Medical and sanitary report of the native army of Madras for the year
Year: 1878
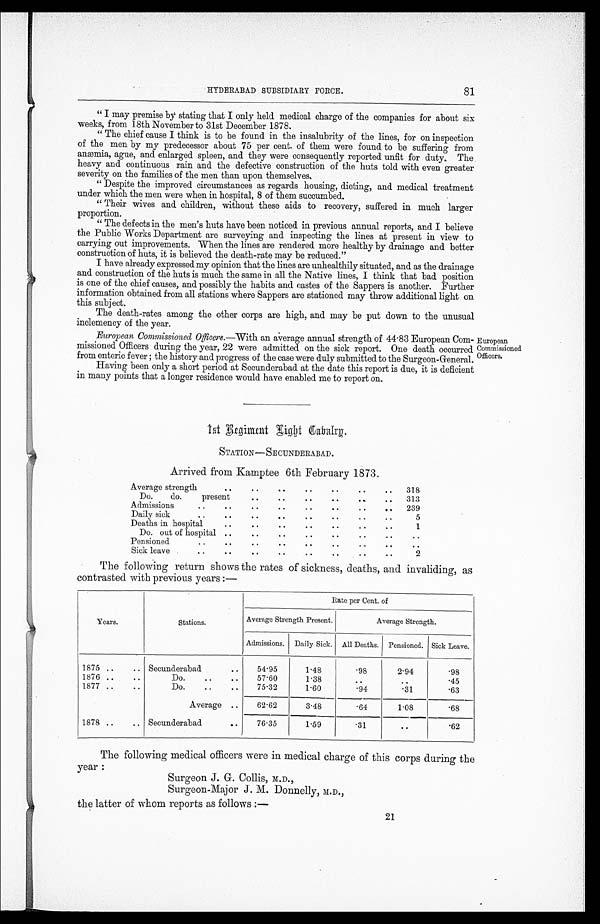
HYDERABAD SUBSIDIARY FORCE.
81
" I may premise by stating that I only held medical charge of the companies for about six
weeks, from 18th November to 31st December 1878.
" The chief cause I think is to be found in the insalubrity of the lines, for on inspection
of the men by my predecessor about 75 per cent. of them were found to be suffering from
anæmia, ague, and enlarged spleen, and they were consequently reported unfit for duty. The
heavy and continuous rain and the defective construction of the huts told with even greater
severity on the families of the men than upon themselves.
" Despite the improved circumstances as regards housing, dieting, and medical treatment
under which the men were when in hospital, 8 of them succumbed.
" Their wives and children, without these aids to recovery, suffered in much larger
proportion.
" The defects in the men's huts have been noticed in previous annual reports, and I believe
the Public Works Department are surveying and inspecting the lines at present in view to
carrying out improvements. When the lines are rendered more healthy by drainage and better
construction of huts, it is believed the death-rate may be reduced."
I have already expressed my opinion that the lines are unhealthily situated, and as the drainage
and construction of the huts is much the same in all the Native lines, I think that bad position
is one of the chief causes, and possibly the habits and castes of the Sappers is another. Further
information obtained from all stations where Sappers are stationed may throw additional light on
this subject.
The death-rates among the other corps are high, and may be put down to the unusual
inclemency of the year.
European Commissioned Officers.—With an average annual strength of 44.83 European Com-
missioned Officers during the year, 22 were admitted on the sick report. One death occurred
from enteric fever ; the history and progress of the case were duly submitted to the Surgeon-General.
Having been only a short period at Secunderabad at the date this report is due, it is deficient
in many points that a longer residence would have enabled me to report on.
European
Commissioned
Officers.
1st Regiment Light Cabalrg
STATION—SECUNDERABAD.
Arrived from Kamptee 6th February 1873.
Average strength
. .
.. ..
..
.. ..
..
318
Do.
do.
present
.. ..
..
.. .. ..
313
Admissions
.. .. .. .. .. .. ..
..
239
Daily sick
.. .. .. .. .. .. .. ..
5
Deaths in hospital
.. .. .. .. .. ..
..
1
Do. out of hospital
.. .. .. .. .. .. .. ..
Pensioned
.. ..
..
..
.. .. ..
..
..
Sick leave
.. .. .. .. .. .. .. ..
2
The following return shows the rates of sickness, deaths, and invaliding, as
contrasted with previous years :—
Years.
Stations .
Rate per Cent. of
Average Strength Present.
Average Strength.
Admissions. Daily Sick. All Deaths. Pensioned. Sick Leave.
1875 ..
.. Secunderabad
. .
54.95
1.48
.98
2.94
.98
1876 ..
..
Do.
..
..
57.60
1.38
..
. .
.45
1877 ..
..
Do.
..
..
75.32
1.60
.94
.31
.63
Average ..
62.62
3.48
.64
1.08
.68
1878 ..
.. Secunderabad
. .
76.35
1.59
.31
. .
.62
The following medical officers were in medical charge of this corps during the
year :
Surgeon J. G. Collis, M.D.,
Surgeon-Major J. M. Donnelly, M.D.,
the latter of whom reports as follows
21